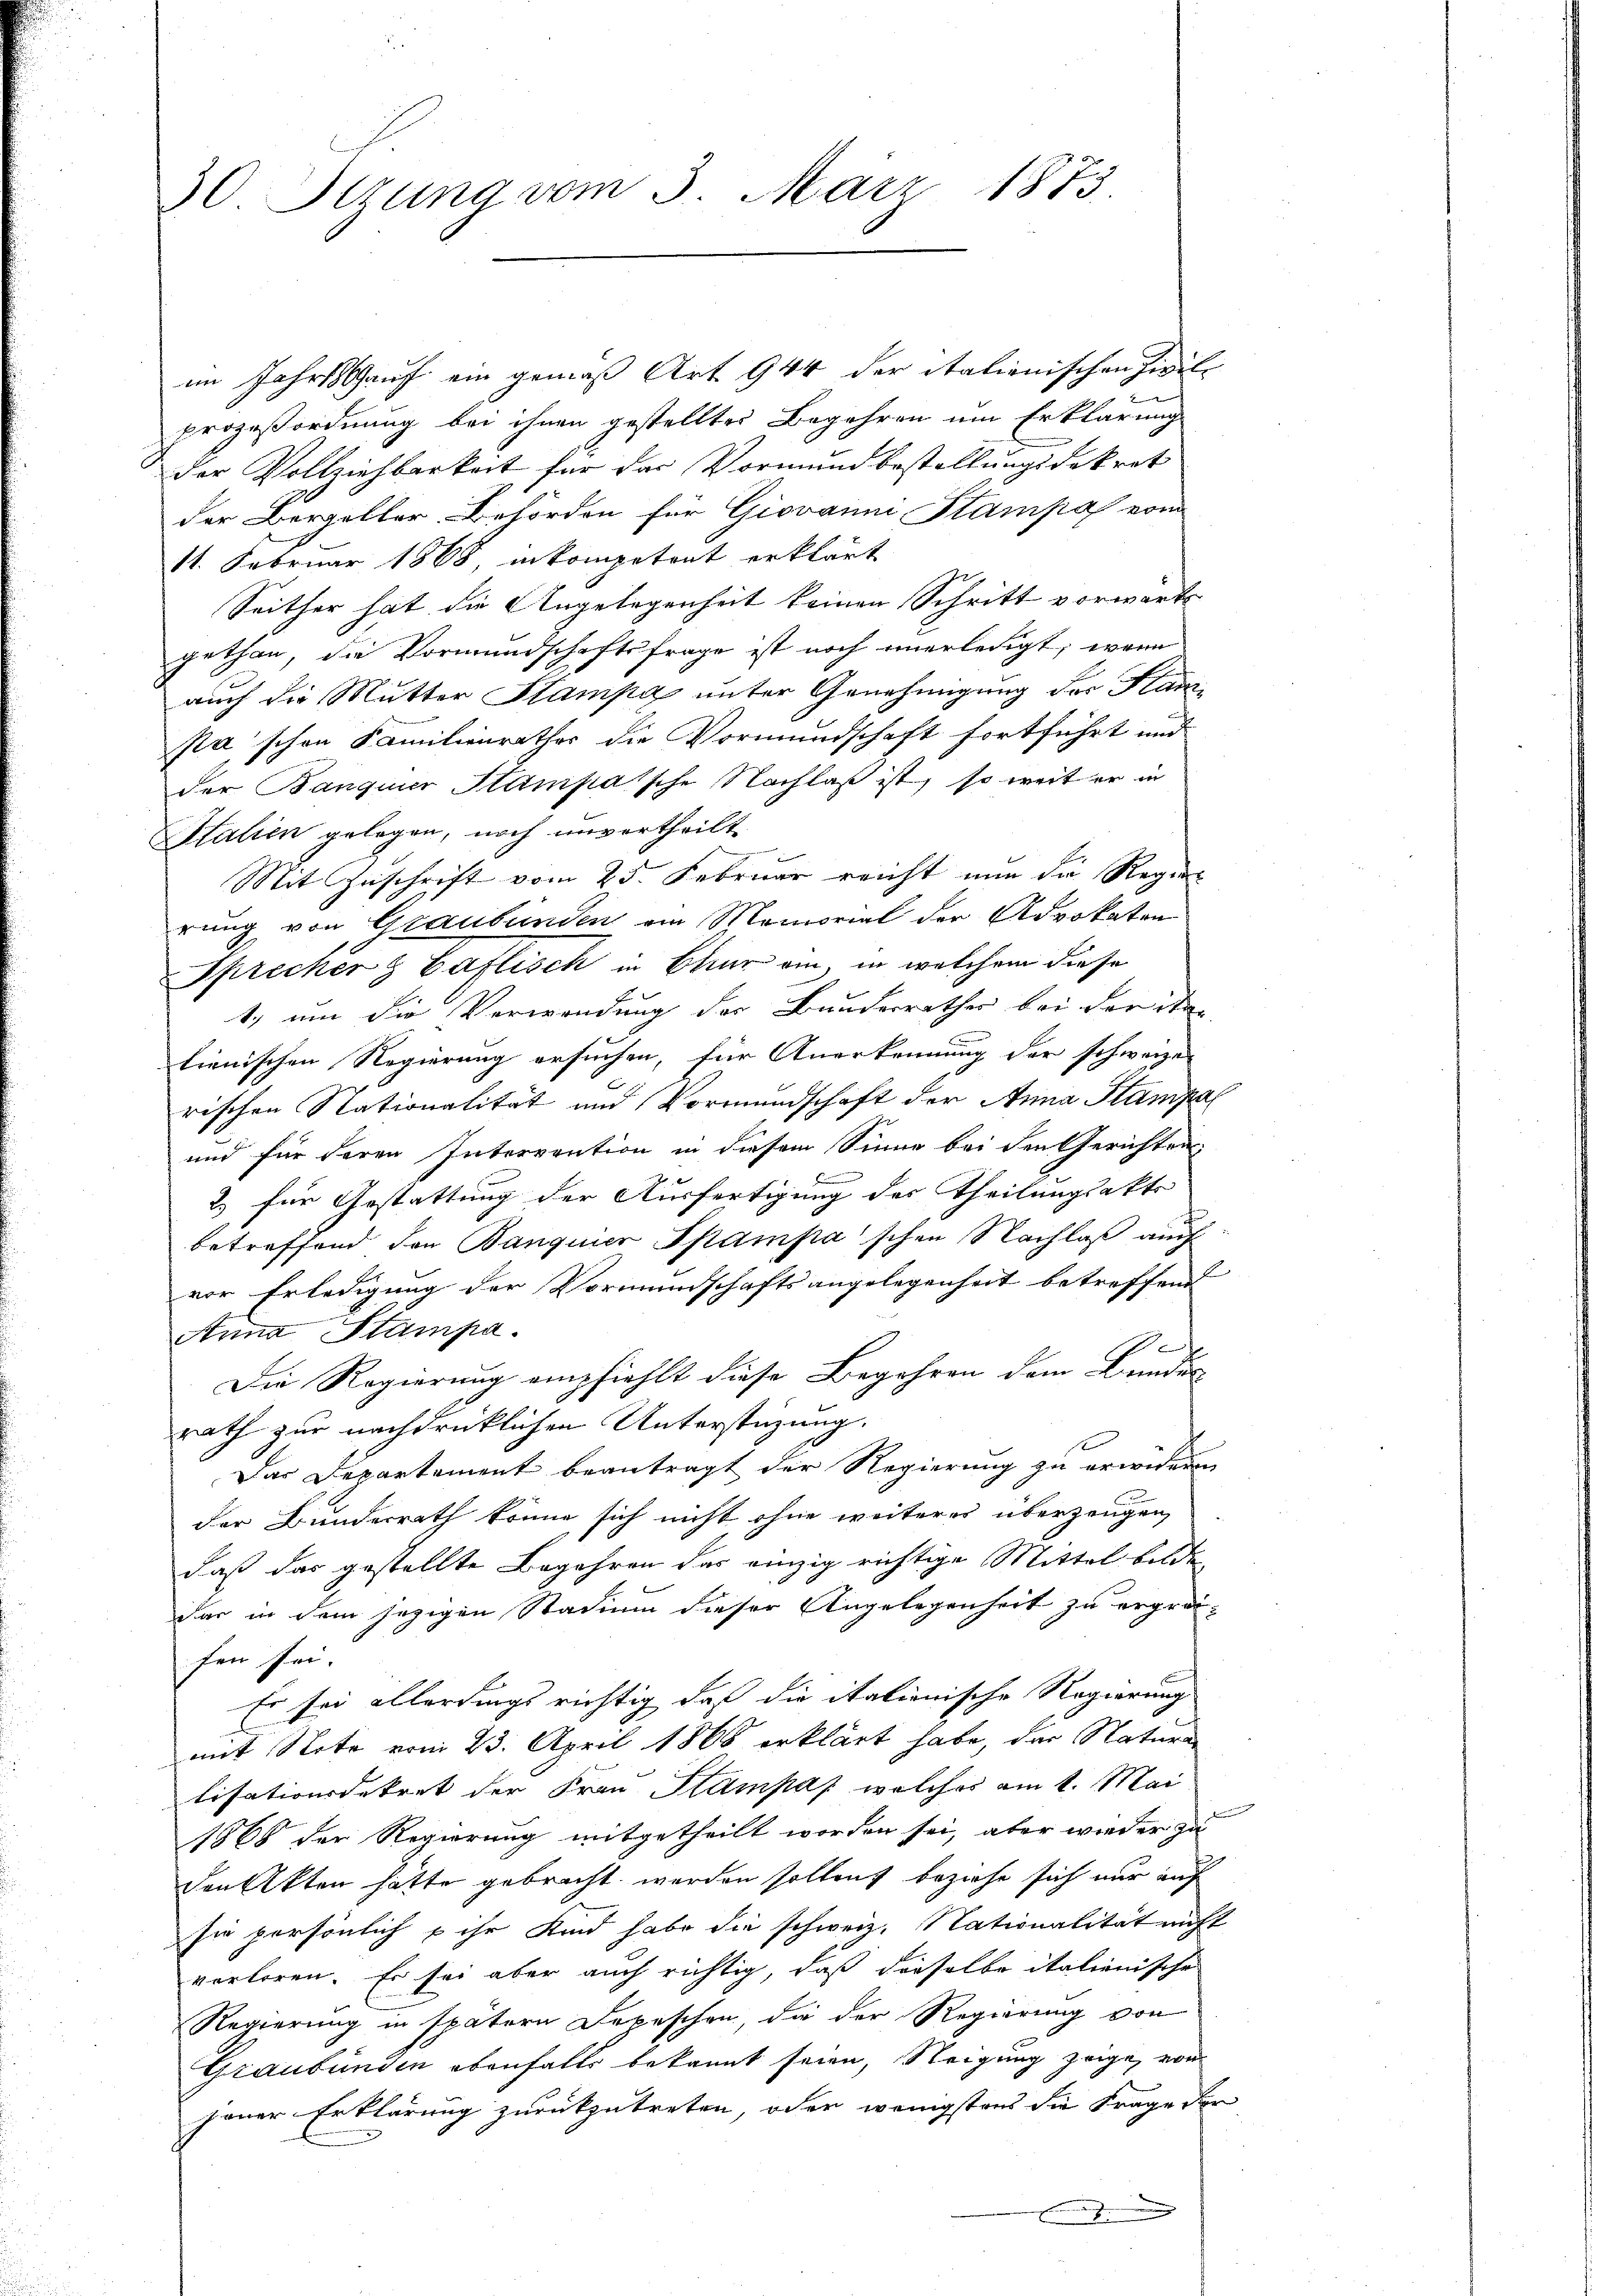
30 Stzung vom 3. März 1873.

im Jahrs auf ein gemäß Art. 944 der italienischen Zivil-
prozeßordnung bei ihnen gestelltes Begehren um Erklärung
der Vollziehbarkeit für das Vormundbestellungsdekret
der Bergeller Behörden für Giovanni Stampa vom
11. Februar 1868, inkompetent erklärt
Seither hat die Angelegenheit keinen Schritt vorwärts
gethan, die Vormundschaftsfrage ist noch unerledigt, wenn
auch die Mutter Stampa unter Genehmigung der Stan
pa schon Familienrathes die Vormundschaft fortführt und
der Banquier Stampaische Nachlaß ist, so weit er in
Halien gelegen, noch unvertheilt
Mit Zuschrift vom 25. Februar reicht nun die Regier
rung von Graubünden am Memorial der Advokaten
Sprecher & Caflisch in Chur ein, in welchem diese
1, um die Verwendung der Bundesrathes bei der ita-
fienischen Regierung ersuchen, für Anerkennung der schweize
rischen Stationalität und Vormundschaft der Anna Stampal
und für deren Intervention in diesem Sinne bei den Gerichten
2.) für Gestattung der Ausfertigung des Theilungsakte
betreffend den Banquier Spampa'schen Nachlaβ aŭch
vor Erledigung der Vormundschaftsangelegenheit betreffend
Anna Stampa
b
Die Regierung empfiehlt diese Begehren dem Bundes-
rath zur nachdrücklichen Unterstüzung.
Das Departement beantragt der Regierung zu erwideren
der Bunderrath könne sich nicht ohne weiteres überzeugen,
daß das gestellte Begehren das einzig richtige Mittel bilde
das in dem jezigen Stadium dieser Angelegenheit zu ergreifen sei.
Es sei allerdings richtig daß die italienische Regierung
mit Note vom 23. April 1866 erklärt habe, der Natura
lisationsdekret der Frau Stampas, welches am 1. Mai
1868 der Regierung mitgetheilt worden sei, aber wieder zu
den Akten hätte gebracht werden sollen, beziehe sich nur auf
sie persönlich & ihr Kind habe die schweiz. Nationalität nicht
verloren. Es sei aber auch richtig, daß dieselbe italienische
Regierung in spätern Depeschen, die der Regierung von
Graubünden ebenfalls bekannt seien, Neigung zeige, von
jener Erklärung zurückzutreten, oder wenigstens die Frage der
.
7